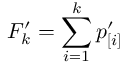
F _ { k } ^ { \prime } = \sum _ { i = 1 } ^ { k } p _ { [ i ] } ^ { \prime }